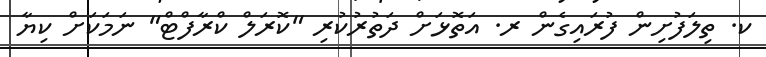
ކ. ތިލަފުށިން ފުރައިގެން ރ. އަތޮޅަށް ދަތުރުކުރި "ކޮރަލް ކްރާފްޓް" ނަމަކަށް ކިޔާ